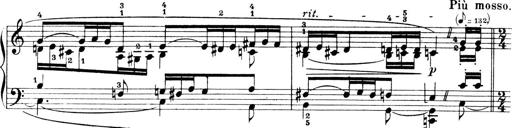
Title: 4 Sonatines
Composer: Max Reger